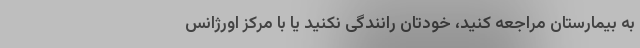
به بیمارستان مراجعه کنید، خودتان رانندگی نکنید یا با مرکز اورژانس